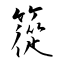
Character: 篵